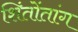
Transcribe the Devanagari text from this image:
शिंतोंतांग